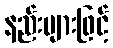
နည်းများဖြင့်